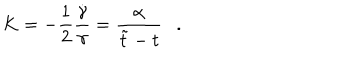
K = - \frac { 1 } { 2 } \frac { \dot { \gamma } } { \gamma } = \frac { \alpha } { \tilde { t } - t } .